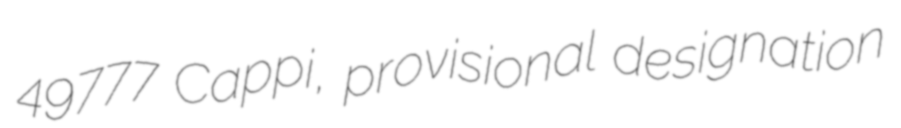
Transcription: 49777 Cappi, provisional designation